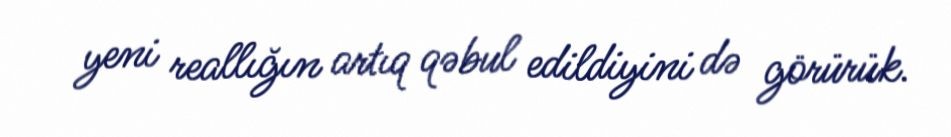
yeni reallığın artıq qəbul edildiyini də görürük.